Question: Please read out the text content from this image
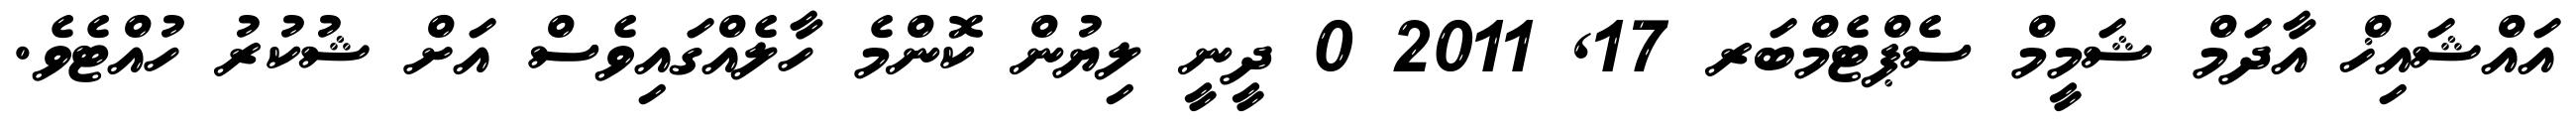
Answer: އައްޝައިޚް އާދަމް ޝަމީމް ސެޕްޓެމްބަރ 17, 2011 0 ދީނީ ލިޔުން ކޮންމެ ހާލެއްގައިވެސް އަށް ޝުކުރު ހުއްޓެވެ.